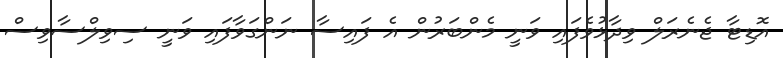
އޮޑިޓާ ޖެނެރަލް ވިދާޅުވެފައި ވަނީ މެންބަރުން އެ ފައިސާ ނަންގަވާފައި ވަނީ ސިވިލްސާވިސް